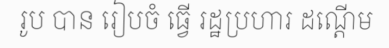
រូប បាន រៀបចំ ធ្វើ រដ្ឋប្រហារ ដណ្តើម